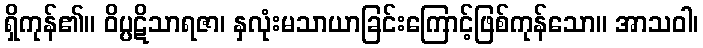
ရှိကုန်၏။ ဝိပ္ပဋိသာရဇာ၊ နှလုံးမသာယာခြင်းကြောင့်ဖြစ်ကုန်သော။ အာသဝါ၊